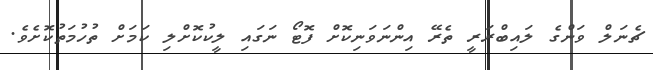
ޗެނަލް ވަންގެ ލައިބްރަރީ ތެރޭ އިންނަވަނިކޮށް ފޮޓޯ ނަގައި ލީކުކޮށްލި ކަމަށް ތުހުމަތުކޮށެވެ.